Report of an investigation in regard to the prevalence of stegomyia and other mosquitoes in Karachi, and the measures necessary for their control
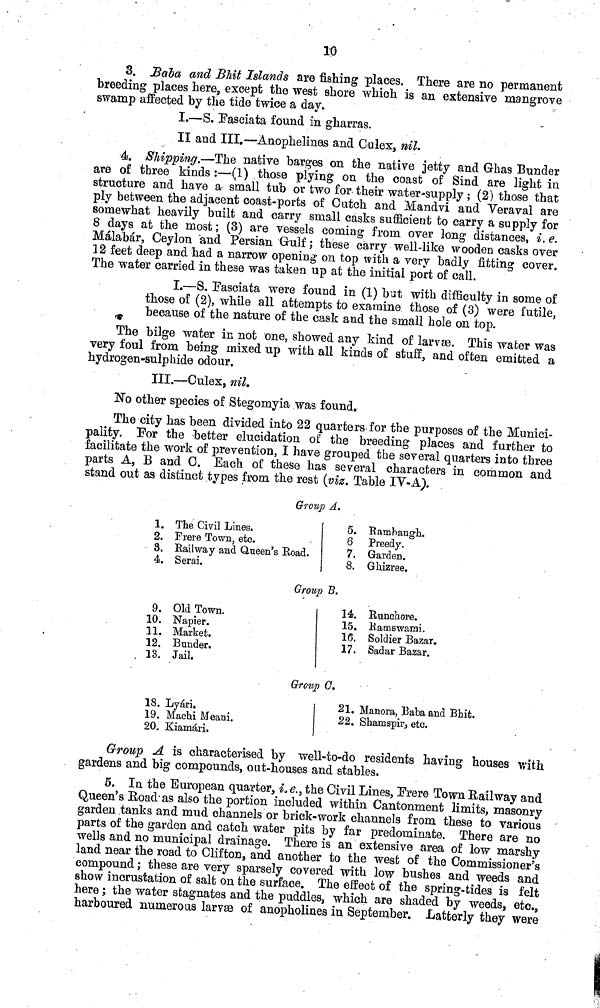
10
3. Baba and Bhit Islands are fishing places. There are no permanent
breeding places here, except the west shore which is an extensive mangrove
swamp affected by the tide twice a day.
I.—S. Fasciata found in gharras.
II and III.—Anophelines and Culex, nil.
4. Shipping.—The native barges on the native jetty and Ghas Bunder
are of three kinds :—(1) those plying on the coast of Sind are light in
structure and have a small tub or two for their water-supply; (2) those that
ply between the adjacent coast-ports of Cutch and Mandvi and Veraval are
somewhat heavily built and carry small casks sufficient to carry a supply for
8 days at the most; (3) are vessels coming from over long distances, i. e.
Malabar, Ceylon and Persian Gulf; these carry well-like wooden casks over
12 feet deep and had a narrow opening on top with a very badly fitting cover.
The water carried in these was taken up at the initial port of call.
I.—S, Fasciata were found in (1) bat with difficulty in some of
those of (2), while all attempts to examine those of (3) were futile,
because of the nature of the cask and the small hole on top.
The bilge water in not one, showed any kind of larvæ. This water was
very foul from being mixed up with all kinds of stuff, and often emitted a
hydrogen-sulphide odour.
III.—Culex, nil,
No other species of Stegomyia was found.
The city has been divided into 22 quarters for the purposes of the Munici-
pality. For the better elucidation of the breeding places and further to
facilitate the work of prevention, I have grouped the several quarters into three
parts A, B and 0. Each of these has several characters in common and
stand out as distinct types from the rest (viz. Table IV-A).
Group A.
1. The Civil Lines.
2. Frere Town, etc.
S. Railway and Queen's Road.
4. Serai.
5. Rambaugh.
6 Preedy.
7. Garden.
8. Ghizree.
Group B.
9. Old Town.
10. Napier.
11. Market.
12. Bunder.
13. Jail.
14. Runchore.
15. Ramswami.
16. Soldier Bazar.
17. Sadar Bazar.
Group (7.
18. Lyari.
19. Machi Meani.
20. Kiamari,
21. Manora, Baba and Bhit.
22. Shamspir, etc.
Group A is characterised by well-to-do residents having houses with
gardens and big compounds, out-houses and stables.
5. In the European quarter, i.e., the Civil Lines, Frere Town Railway and
Queen's Road as also the portion included within Cantonment limits, masonry
garden tanks and mud channels or brick-work channels from these to various
parts of the garden and catch water pits by far predominate. There are no
wells and no municipal drainage. There is an extensive area of low marshy
land near the road to Clifton, and another to the west of the Commissioner's
compound; these are very sparsely covered with low bushes and weeds and
show incrustation of salt on the surface. The effect of the spring-tides is felt
here; the water stagnates and the puddles, which are shaded by weeds, etc.,
harboured numerous larvæ of anopholines in September. Latterly they were